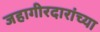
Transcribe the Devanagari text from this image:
जहागीरदारांच्या